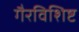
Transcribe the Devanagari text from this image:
गैरविशिष्ट